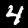
Digit: 4